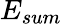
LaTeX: E_{sum}